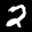
Label: 2